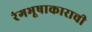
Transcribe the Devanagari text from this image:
रंगभूषाकाराची